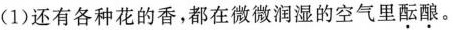
(1)还有各种花的香，都在微微润湿的空气里酝酿。